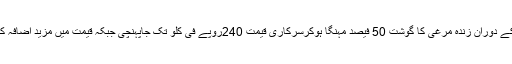
گزشتہ ایک ماہ کے دوران زندہ مرغی کا گوشت 50 فیصد مہنگا ہوکرسرکاری قیمت 240روپے فی کلو تک جاپہنچی جبکہ قیمت میں مزید اضافہ کا قوی امکان ہے۔